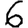
Digit: 6